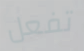
تفعل